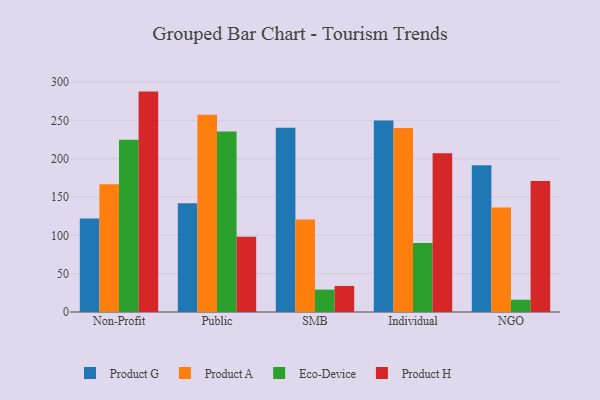
{"axis": {"x": "Segment", "y": "Satisfaction Score"}, "legend": ["Eco-Device", "Product A", "Product G", "Product H"], "data": [{"x": "Non-Profit", "y": 122.0, "type": "Product G"}, {"x": "Non-Profit", "y": 166.7, "type": "Product A"}, {"x": "Non-Profit", "y": 224.7, "type": "Eco-Device"}, {"x": "Non-Profit", "y": 287.5, "type": "Product H"}, {"x": "Public", "y": 142.0, "type": "Product G"}, {"x": "Public", "y": 257.4, "type": "Product A"}, {"x": "Public", "y": 235.4, "type": "Eco-Device"}, {"x": "Public", "y": 98.1, "type": "Product H"}, {"x": "SMB", "y": 240.5, "type": "Product G"}, {"x": "SMB", "y": 120.7, "type": "Product A"}, {"x": "SMB", "y": 29.2, "type": "Eco-Device"}, {"x": "SMB", "y": 34.0, "type": "Product H"}, {"x": "Individual", "y": 249.7, "type": "Product G"}, {"x": "Individual", "y": 240.0, "type": "Product A"}, {"x": "Individual", "y": 90.0, "type": "Eco-Device"}, {"x": "Individual", "y": 207.2, "type": "Product H"}, {"x": "NGO", "y": 191.3, "type": "Product G"}, {"x": "NGO", "y": 136.2, "type": "Product A"}, {"x": "NGO", "y": 16.0, "type": "Eco-Device"}, {"x": "NGO", "y": 171.0, "type": "Product H"}]}